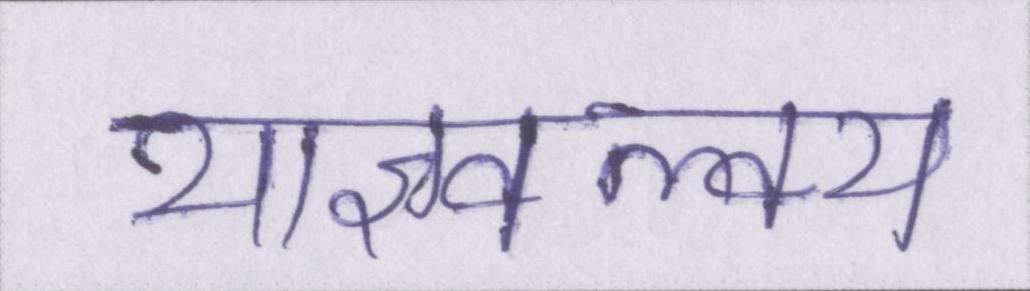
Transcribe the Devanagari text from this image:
याज्ञवल्क्य